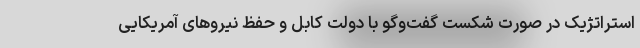
استراتژیک در صورت شکست گفت‌وگو با دولت کابل و حفظ نیروهای آمریکایی